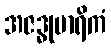
အဇဒ္ဓုမာရိကံ